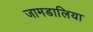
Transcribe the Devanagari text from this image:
जामडालिया